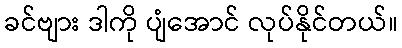
ခင်ဗျား ဒါကို ပျံအောင် လုပ်နိုင်တယ်။